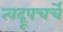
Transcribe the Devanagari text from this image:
त्वद्रूपचर्चे